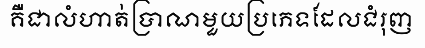
គឺជាលំហាត់ប្រាណមួយប្រភេទដែលជំរុញ